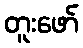
တူးဖော်